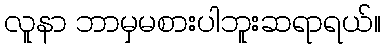
လူနာ ဘာမှမစားပါဘူးဆရာရယ်။